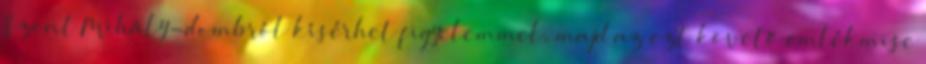
Szent Mihály-dombról kísérhet figyelemmel, majd az ezt követő emlékmise